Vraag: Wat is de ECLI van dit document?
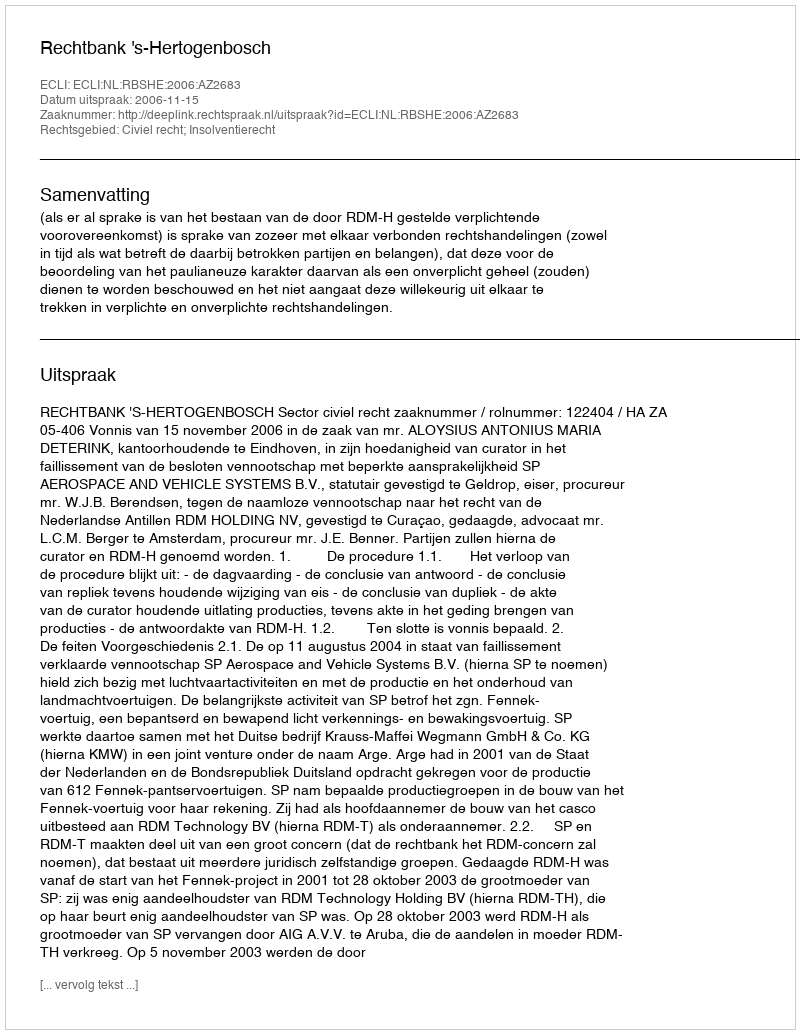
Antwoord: ECLI:NL:RBSHE:2006:AZ2683